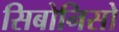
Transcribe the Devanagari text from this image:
सिबोनिसो